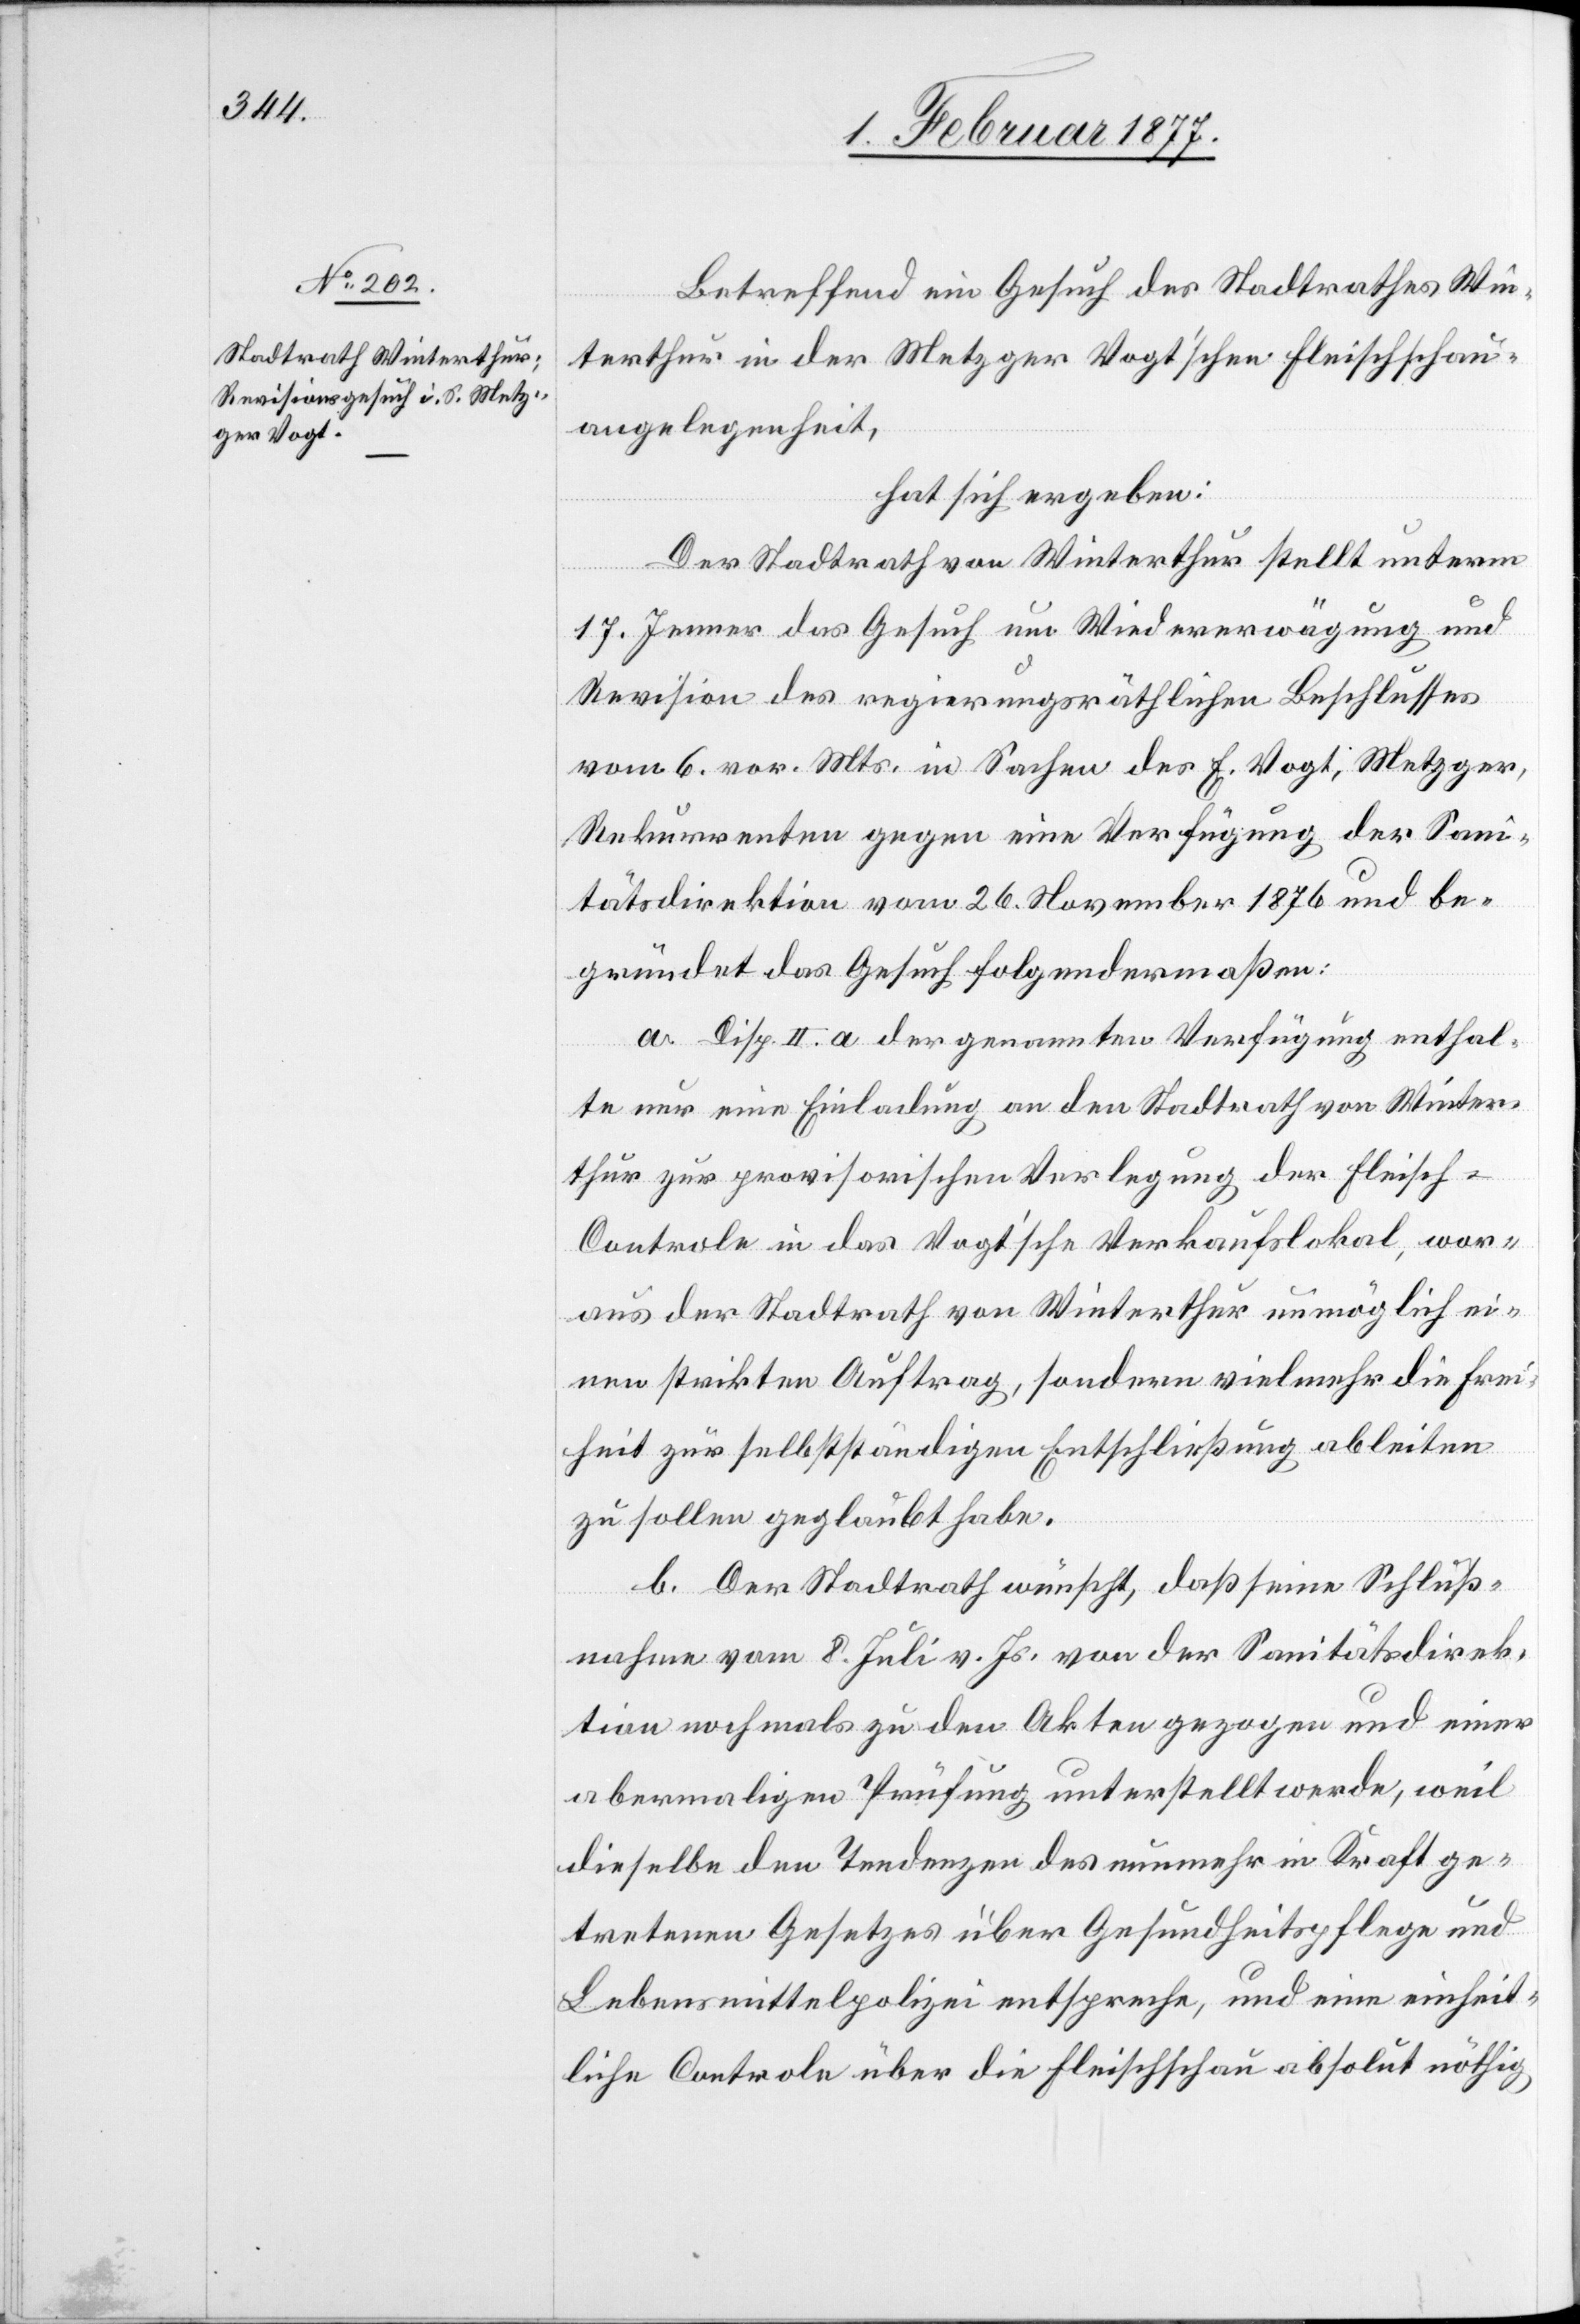
Betreffend ein Gesuch des Stadtrathes Win¬
terthur in der Metzger Vogt’schen Fleischschau¬
angelegenheit,
hat sich ergeben:
Der Stadtrath von Winterthur stellt unterm
17. Jenner das Gesuch um Wiedererwägung und
Revision des regierungsräthlichen Beschlusses
vom 6. vor. Mts. in Sachen des E. Vogt, Metzger,
Rekurrenten gegen eine Verfügung der San¬
itätsdirektion vom 26. November 1876 und be¬
gründet das Gesuch folgendermaßen:
a. Disp. II. a der genannten Verfügung enthal¬
te nur eine Einladung an den Stadtrath von Winter¬
thur zur provisorischen Verlegung der Fleisch-C¬
ontrole in das Vogt’sche Verkaufslokal, wor¬
aus der Stadtrath von Winterthur unmöglich ei¬
nen strikten Auftrag, sondern vielmehr die Frei¬
heit zur selbstständigen Entschließung ableiten
zu sollen geglaubt habe.
b. Der Stadtrath wünscht, daß seine Schluß¬
nahme vom 8. Juli v. Js. von der Sanitätsdirek¬
tion nochmals zu den Akten gezogen und einer
abermaligen Prüfung unterstellt werde, weil
dieselbe den Tendenzen des nunmehr in Kraft ge¬
tretenen Gesetzes über Gesundheitspflege und
Lebensmittelpolizei entspreche, und eine einheit¬
liche Controle über die Fleischschau absolut nöthig